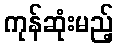
ကုန်ဆုံးမည့်